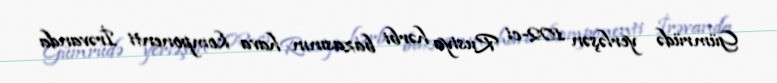
Gümrüdə yerləşən 102-ci Rusiya hərbi bazasının hava komponenti İrəvanda